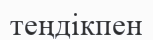
теңдікпен